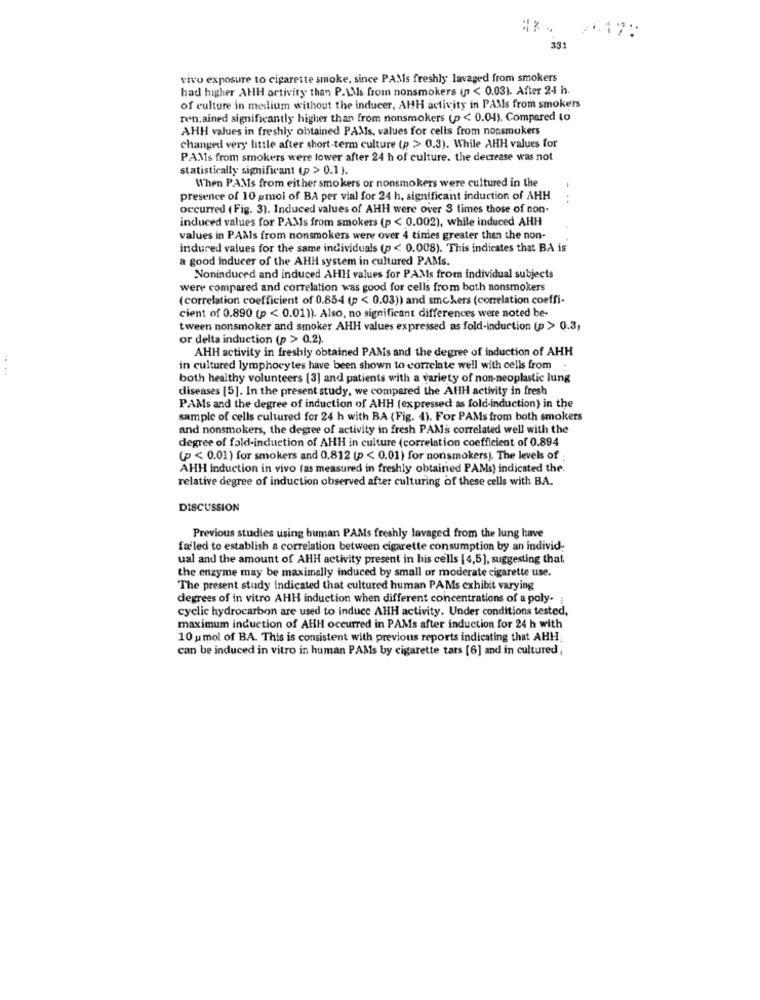
2-17:
331
vivo exposure to cigarette smoke, since PAMIs freshly lavaged from smokers
had higher AHH activity than P.A.Ms from nonsmokers (p < 0.03). After 24 h.
of culture in medium without the inducer, AHH activity in PAMs from smokers
ren.ained significantly higher than from nonsmokers (p < 0.04). Compared to
AHH values in freshly obtained PAMs, values for cells from nonsmokers
changed very little after short-term culture (p > 0.3). While AHH values for
PAMs from smokers were lower after 24 h of culture. the decrease was not
statistically significant (p > 0.1).
When PAMs from either smokers or nonsmokers were cultured in the
presence of 10 pmoi of BA per vial for 24 h, significant induction of AHH
- ..
occurred (Fig. 3). Induced values of AHH were over 3 times those of non-
induced values for PAMs from smokers (p < 0.002), while induced AHH
values in PAals from nonsmokers were over 4 times greater than the non-
indured values for the same individuals (p < 0.008). This indicates that BA is
a good inducer of the AHH system in cultured PAMs.
Noninduced and induced AHH values for PAMs from individual subjects
were compared and correlation was good for cells from both nonsmokers
(correlation coefficient of 0.854 (p < 0.03)) and smchers (correlation coeffi-
cient of 0.890 (p < 0.01)). Also, no significant differences were noted be-
tween nonsmoker and smoker AHH values expressed as fold-induction (p > 0.3,
or delta induction (p > 0.2)
AHH activity in freshly obtained PAMs and the degree of induction of AHH
.. ..
in cultured lymphocytes have been shown to correlate well with cells from
both healthy volunteers [3] and patients with a variety of non-neoplastic lung
diseases [5]. In the present study, we compared the AHH activity in fresh
PAMs and the degree of induction of AHH (expressed as fold-induction) in the
sample of cells cultured for 24 h with BA (Fig. 4). For PAMs from both smokers
and nonsmokers, the degree of activity in fresh PAMs correlated well with the
degree of fold-induction of AHH in culture (correlation coefficient of 0.894
(p < 0.01) for smokers and 0.812 (p < 0.01) for nonsmokers). The levels of ;
AHH induction in vivo (as measured in freshly obtained PAMs) indicated the.
relative degree of induction observed after culturing of these cells with BA.
DISCUSSION
Previous studies using human PAMs freshly lavaged from the lung have
failed to establish a correlation between cigarette consumption by an individ;
ual and the amount of AHH activity present in his cells [4,5], suggesting that
the enzyme may be maximally induced by small or moderate cigarette use.
The present study indicated that cultured human PAMs exhibit varying
degrees of in vitro AHH induction when different concentrations of a poly-
cyclic hydrocarbon are used to induce AHH activity. Under conditions tested,
maximum induction of AHH occurred in PAMs after induction for 24 h with
10 pmol of BA. This is consistent with previous reports indicating that AHH
can be induced in vitro in human PAMs by cigarette tars [6] and in cultured,